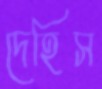
দেহিস